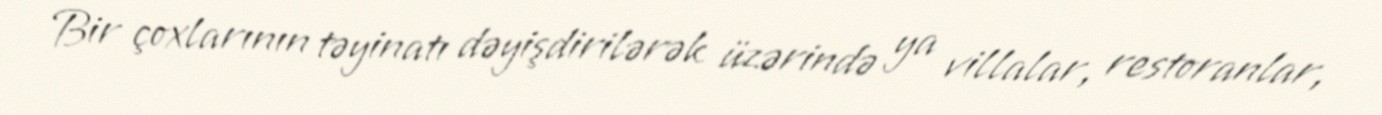
Bir çoxlarının təyinatı dəyişdirilərək üzərində ya villalar, restoranlar,